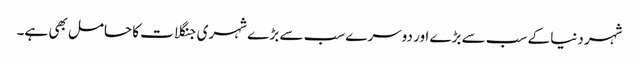
شہر دنیا کے سب سے بڑے اور دوسرے سب سے بڑ ے شہری جنگلات کا حامل بھی ہے۔